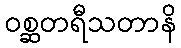
ဝစ္ဆတရီသတာနိ